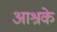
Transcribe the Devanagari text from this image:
आश्रके